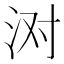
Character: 㳔